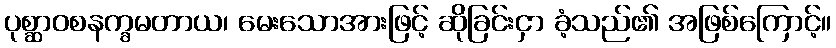
ပုစ္ဆာဝစနက္ခမတာယ၊ မေးသောအားဖြင့် ဆိုခြင်းငှာ ခံ့သည်၏ အဖြစ်ကြောင့်။